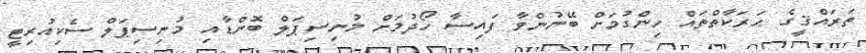
ތަރައްޤީގެ ޙަރަކާތްތައް ހިންގުމަށް ބޭނުންވާ ފައިސާ ހޯދުމަށް މުނިސިޕަލް ބޮންޑާއި މުނިސިޕަލް ސެކިއުރިޓީ